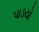
પાડયો